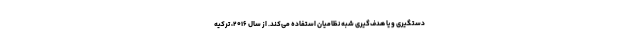
دستگیری و یا هدف‌گیری شبه نظامیان استفاده می‌کند. از سال ۲۰۱۶، ترکیه